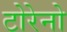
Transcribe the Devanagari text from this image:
टोरेनो